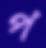
প